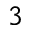
^ 3